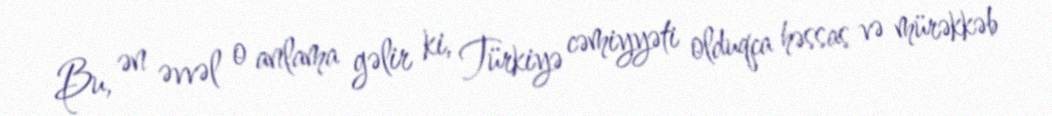
Bu, ən əvvəl o anlama gəlir ki, Türkiyə cəmiyyəti olduqca həssas və mürəkkəb